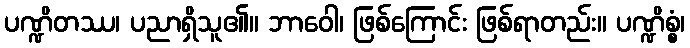
ပဏ္ဍိတဿ၊ ပညာရှိသူ၏။ ဘာဝေါ၊ ဖြစ်ကြောင်း ဖြစ်ရာတည်း။ ပဏ္ဍိစ္စံ၊